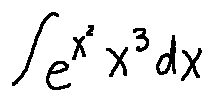
\int e ^ { x ^ { 2 } } x ^ { 3 } d x